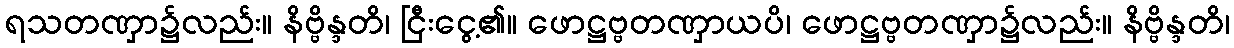
ရသတဏှာ၌လည်း။ နိဗ္ဗိန္ဒတိ၊ ငြီးငွေ့၏။ ဖောဋ္ဌဗ္ဗတဏှာယပိ၊ ဖောဋ္ဌဗ္ဗတဏှာ၌လည်း။ နိဗ္ဗိန္ဒတိ၊